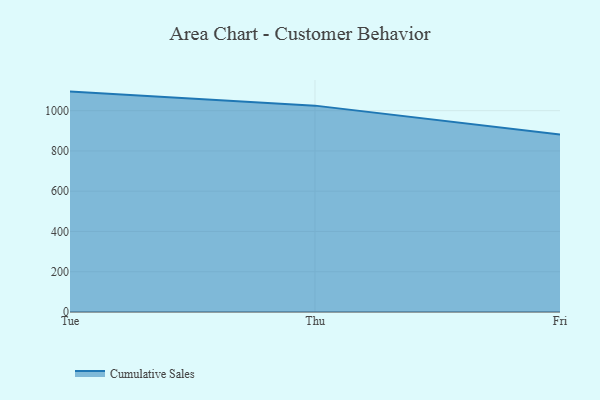
{"axis": {"x": "Day", "y": "Production Output"}, "legend": ["Cumulative Sales"], "data": [{"x": "Tue", "y": 1094.6, "type": "Cumulative Sales"}, {"x": "Thu", "y": 1024.9, "type": "Cumulative Sales"}, {"x": "Fri", "y": 881.2, "type": "Cumulative Sales"}]}